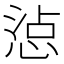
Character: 惉